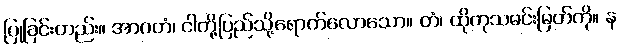
ပြုခြင်းတည်း။ အာဂတံ၊ ငါတို့ပြည်သို့ရောက်လောသော။ တံ၊ ထိုကုသမင်းမြတ်ကို။ န